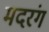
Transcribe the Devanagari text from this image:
मदरंग